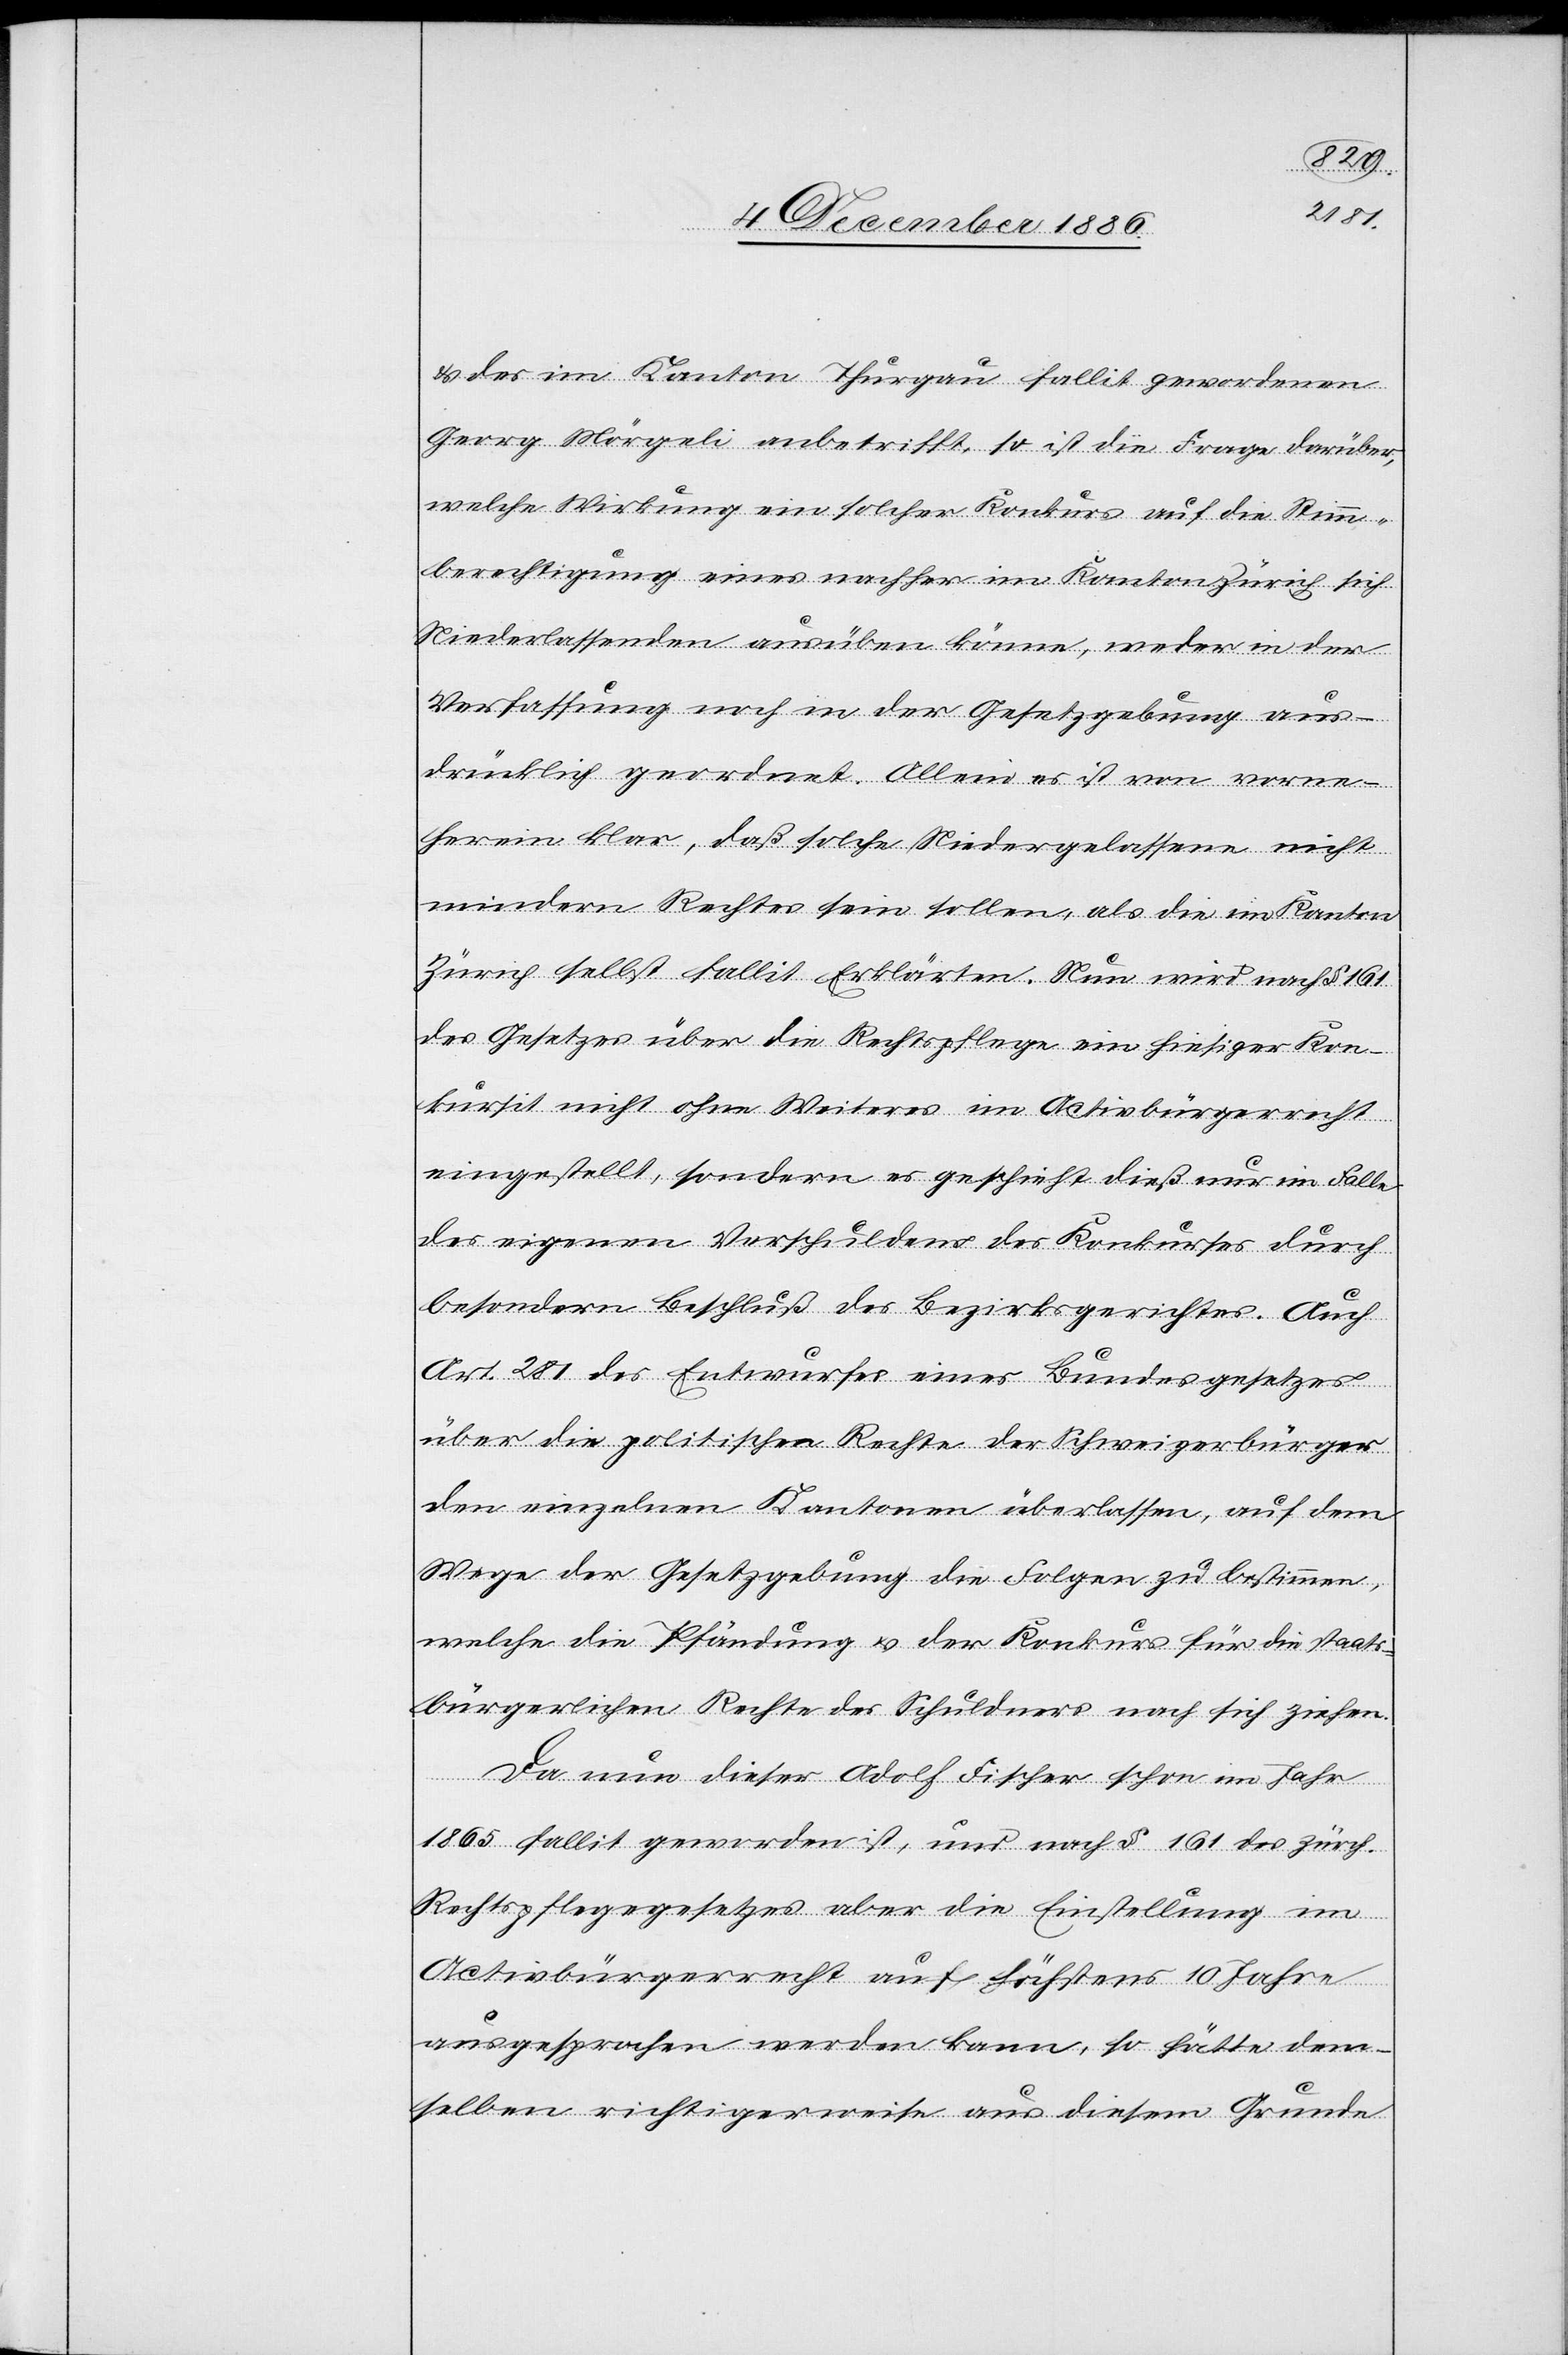
& des im Kanton Thurgau fallit gewordenen
Georg Mörgeli anbetrifft, so ist die Frage darüber,
welche Wirkung ein solcher Konkurs auf die Stimm¬
berechtigung eines nachher im Kanton Zürich sich
Niederlassenden ausüben könne, weder in der
Verfassung noch in der Gesetzgebung aus¬
drücklich geordnet. Allein es ist von vorne¬
herein klar, daß solche Niedergelassene nicht
mindern Rechtes sein sollen, als die im Kanton
Zürich selbst fallit Erklärten. Nun wird nach § 161
des Gesetzes über die Rechtspflege ein hiesiger Kon¬
kursit nicht ohne Weiteres im Activbürgerrecht
eingestellt, sondern es geschieht dieß nur im Falle
des eigenen Verschuldens des Konkurses durch
besondern Beschluß des Bezirksgerichtes. Auch
Art. 281 des Entwurfes eines Bundesgesetzes
über die politischen Rechte der Schweizerbürger
den einzelnen Kantonen überlassen, auf dem
Wege der Gesetzgebung die Folgen zu bestimmen,
welche die Pfändung & der Konkurs für die staats¬
bürgerlichen Rechte des Schuldners nach sich ziehen.
Da nun dieser Adolf Fischer schon im Jahr
1865 fallit geworden ist, und nach § 161 des zürch.
Rechtspflegegesetzes aber die Einstellung im
Activbürgerrecht auf höchstens 10 Jahre
ausgesprochen werden kann, so hätte dem¬
selben richtigerweise aus diesem Grunde